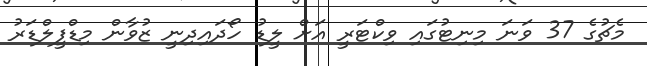
މެޗުގެ 37 ވަނަ މިނިޓުގައި ވިކްޓަރީ އަށް ލީޑު ހޯދައިދިނީ ޒުވާން މިޑްފީލްޑަރު